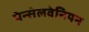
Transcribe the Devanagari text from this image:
पेन्सेलवेनियन